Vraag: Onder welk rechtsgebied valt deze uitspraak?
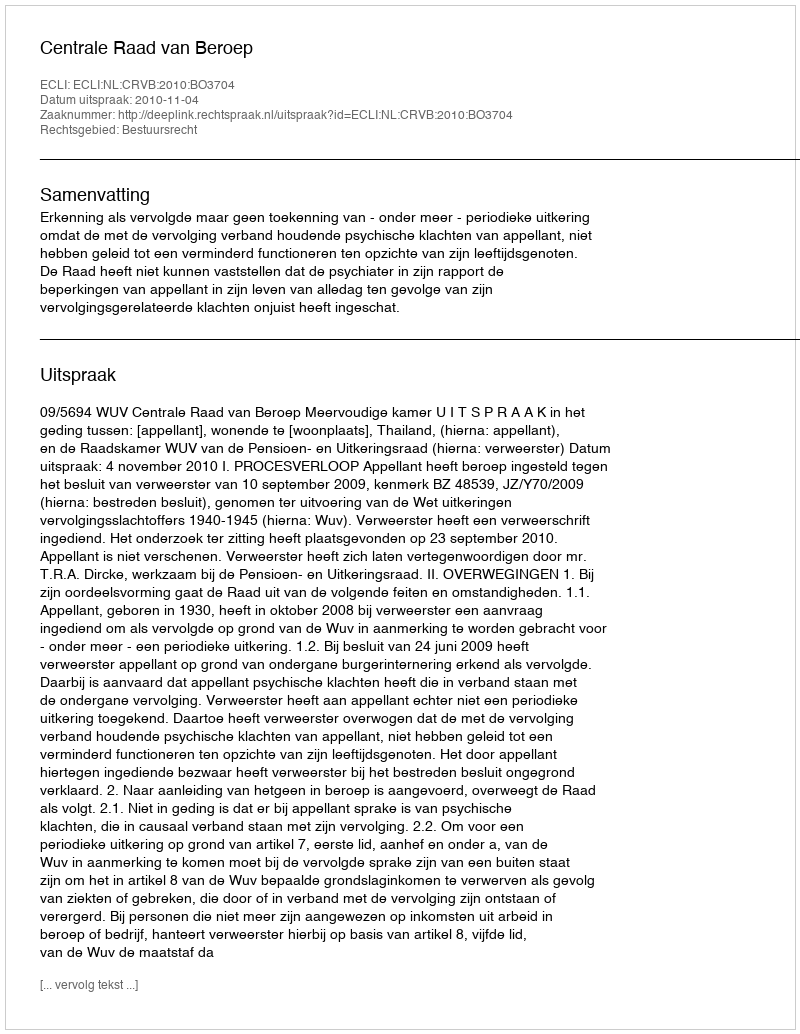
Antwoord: Bestuursrecht